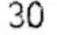
30